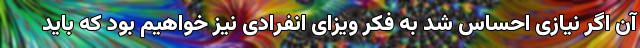
آن اگر نیازی احساس شد به فکر ویزای انفرادی نیز خواهیم بود که باید